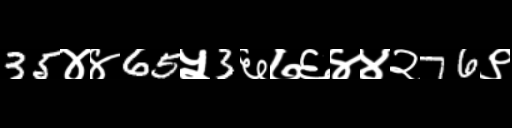
Text: 35४४65५3६७६४४२76९